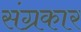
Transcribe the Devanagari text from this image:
संग्रकार